Lunatic asylums Central Provinces reports 1895-1909 - 1895-1909
Year: 1895
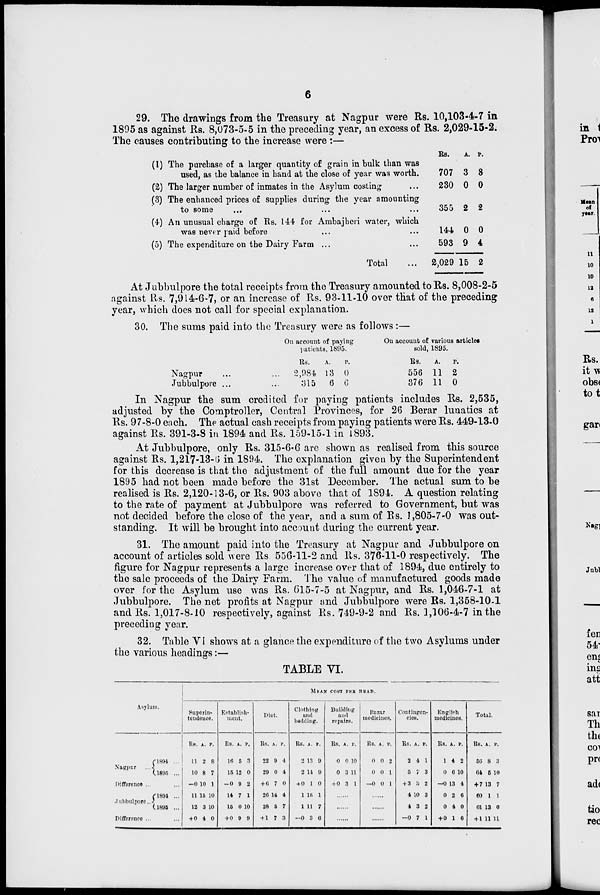
6
29. The drawings from the Treasury at Nagpur were Rs. 10,103-4-7 in
1895 as against Rs. 8,073-5-5 in the preceding year, an excess of Rs. 2,029-15-2.
The causes contributing to the increase were :—
(1)
(2)
(3)
(4)
(5)
The purchase of a larger quantity of grain in bulk than was
used, as the balance in hand at the close of year was worth.
The larger number of inmates in the Asylum costing ...
The enhanced prices of supplies during the year amounting
to some
...
An unusual charge of Rs. 144 for Ambajheri water, which
was never paid before ... ...
The expenditure on the Dairy Farm ... ...
Total ...
Rs.
707
230
355
144
593
2,029
A.
3
0
2
0
9
15
P.
8
0
2
0
4
2
At Jubbulpore the total receipts from the Treasury amounted to Rs. 8,008-2-5
against Rs. 7,914-6-7, or an increase of Rs. 93-11-10 over that of the preceding
year, which does not call for special explanation.
30. The sums paid into the Treasury were as follows :—
Nagpur ... ...
Jubbulpore .. ....
On account of paying
patients, 1895.
Rs.
2,984
315
A.
13
6
p.
0
6
On account of various articles
sold, 1895.
Rs.
556
376
A.
11
11
P.
2
0
In Nagpur the sum credited for paying patients includes Rs. 2,535,
adjusted by the Comptroller, Central Provinces, for 26 Berar lunatics at
Rs. 97-8-0 each. The actual cash receipts from paying patients were Rs. 449-13-0
against Rs. 391-3-8 in 1894 and Rs. 159-15-1 in 1893.
At Jubbulpore, only Rs. 315-6-6 are shown as realised from this source
against Rs. 1,217-13-6 in 1894. The explanation given by the Superintendent
for this decrease is that the adjustment of the full amount due for the year
1895 had not been made before the 31st December. The actual sum to be
realised is Rs. 2,120-13-6, or Rs. 903 above that of 1894. A question relating
to the rate of payment at Jubbulpore was referred to Government, but was
not decided before the close of the year, and a sum of Rs. 1,805-7-0 was out-
standing. It will be brought into account during the current year.
31. The amount paid into the Treasury at Nagpur and Jubbulpore on
account of articles sold were Rs 556-11-2 and Rs. 376-11-0 respectively. The
figure for Nagpur represents a large increase over that of 1894, due entirely to
the sale proceeds of the Dairy Farm. The value of manufactured goods made
over for the Asylum use was Rs. 615-7-5 at Nagpur, and Rs. 1,046-7-1 at
Jubbulpore. The net profits at Nagpur and Jubbulpore were Rs. 1,358-10-1
and Rs. 1,017-8-10 respectively, against Rs. 749-9-2 and Rs. 3,106-4-7 in the
preceding year.
32. Table VI shows at a glance the expenditure of the two Asylums under
the various headings:—
TABLE VI.
Asylum.
Nagpur ...
1894 ...
1895 ...
Difference ...
Jubbulpore ...
1894 ...
1895 ...
Difference ... ...
MEAN
COST PER HEAD.
Superin-
tendence.
Rs.
11
10
–0
11
12
+ 0
A.
2
8
10
15
3
4
P.
8
7
1
10
10
0
Establish-
ment.
Rs.
16
15
–0
14
15
+ 0
A.
5
12
0
7
0
9
P.
3
0
2
1
10
9
Diet.
Rs.
22
29
+ 6
26
28
+ 1
A.
9
0
7
14
5
7
P.
4
4
0
4
7
3
Clothing
and
bedding.
Rs.
2
2
+ 0
1
1
— 0
A.
13
14
1
15
11
3
P.
9
9
0
1
7
6
Building
and
repairs.
Rs.
0
0
+ 0
A.
0
3
3
P.
10
11
1
...
...
...
Bazar
medicines.
Rs.
0
0
—0
A.
0
0
0
P.
2
1
1
...
...
...
Contingen-
cies.
Rs.
2
5
+ 3
4
4
–0
A.
4
7
3
10
3
7
P.
1
3
2
3
2
1
English
medicines.
Rs.
1
0
– 0
0
0
+ 0
A.
4
6
13
2
4
1
P.
2
10
4
6
0
6
Total.
Rs..
56
64
+ 7
60
61
+ 1
A.
8
5
13
1
13
11
P.
3
10
7
1
0
11